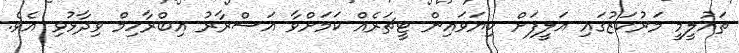
ތައުލީމީ މަރުކަޒުގައި އަލީފަށް ކިޔަވައިިން ޓީޗަރެއް ކަމަށްވާ އަސްރާރު އިބްރާހިމް ވިދާޅުވި އެވެ.